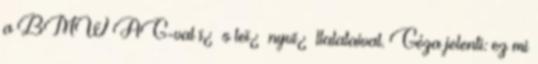
a BMW AG-val ï¿½s leï¿½nyvï¿½llalataival. Géza jelenti: ez mi